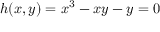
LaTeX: h ( x , y ) = x ^ { 3 } - x y - y = 0